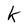
Character: k